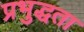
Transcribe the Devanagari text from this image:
प्रभुद्धता